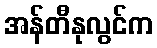
အန်တီနုလွင်က